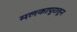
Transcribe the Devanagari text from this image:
मलकापुरातून